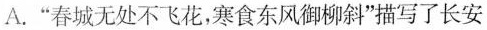
A.“春城无处不飞花，寒食东风御柳斜”描写了长安